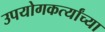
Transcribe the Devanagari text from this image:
उपयोगकर्त्यांच्या